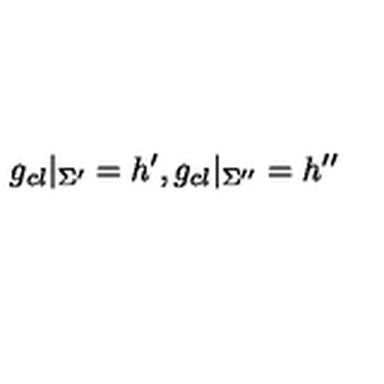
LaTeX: g _ { c l } | _ { \Sigma ^ { \prime } } = h ^ { \prime } , g _ { c l } | _ { \Sigma ^ { \prime \prime } } = h ^ { \prime \prime }